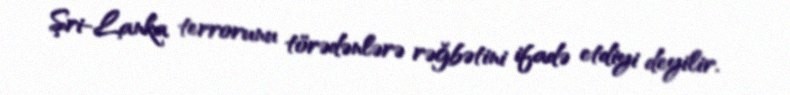
Şri-Lanka terrorunu törədənlərə rəğbətini ifadə etdiyi deyilir.